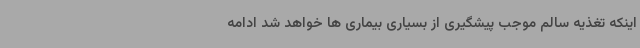
اینکه تغذیه سالم موجب پیشگیری از بسیاری بیماری ها خواهد شد ادامه